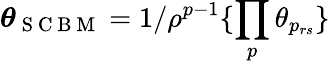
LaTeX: \boldsymbol{\theta}_{\mathrm{~S~C~B~M~}}=1/\rho^{p-1}\{ \prod_{p}\theta_{p_{rs}}\}